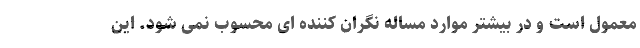
معمول است و در بیشتر موارد مساله نگران کننده ای محسوب نمی شود. این